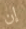
إن